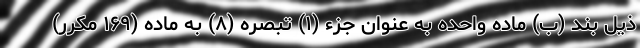
ذیل بند (ب) ماده واحده به عنوان جزء (۱) تبصره (۸) به ماده (۱۶۹ مکرر)